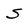
Character: S